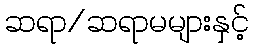
ဆရာ/ဆရာမများနှင့်